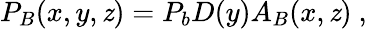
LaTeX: P_{B}(x,y,\mathit{z})=P_{b}D(y)A_{B}(x,\mathit{z})~,